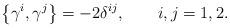
LaTeX: \begin{align*}\left\{ \gamma^{i},\gamma^{j}\right\} =-2\delta^{ij},\qquad i,j=1,2.\end{align*}